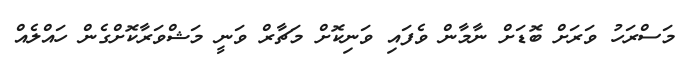
މަސްރަހު ވަރަށް ބޮޑަށް ނާމާން ވެފައި ވަނިކޮށް މަޗާރް ވަނީ މަޝްވަރާކޮށްގެން ހައްލެއް